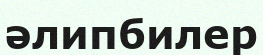
әлипбилер